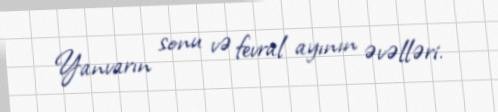
Yanvarın sonu və fevral ayının əvəlləri.